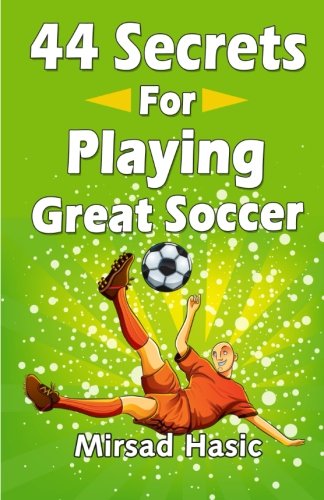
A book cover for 44 Secrets for Playing Great Soccer; Mirsad Hasic; Sports & Outdoors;